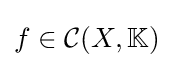
f\in {\mathcal {C}}(X,\mathbb {K} )